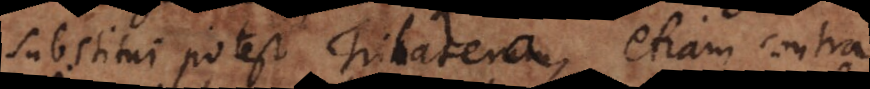
substitui potest Trilatera, etiam contra